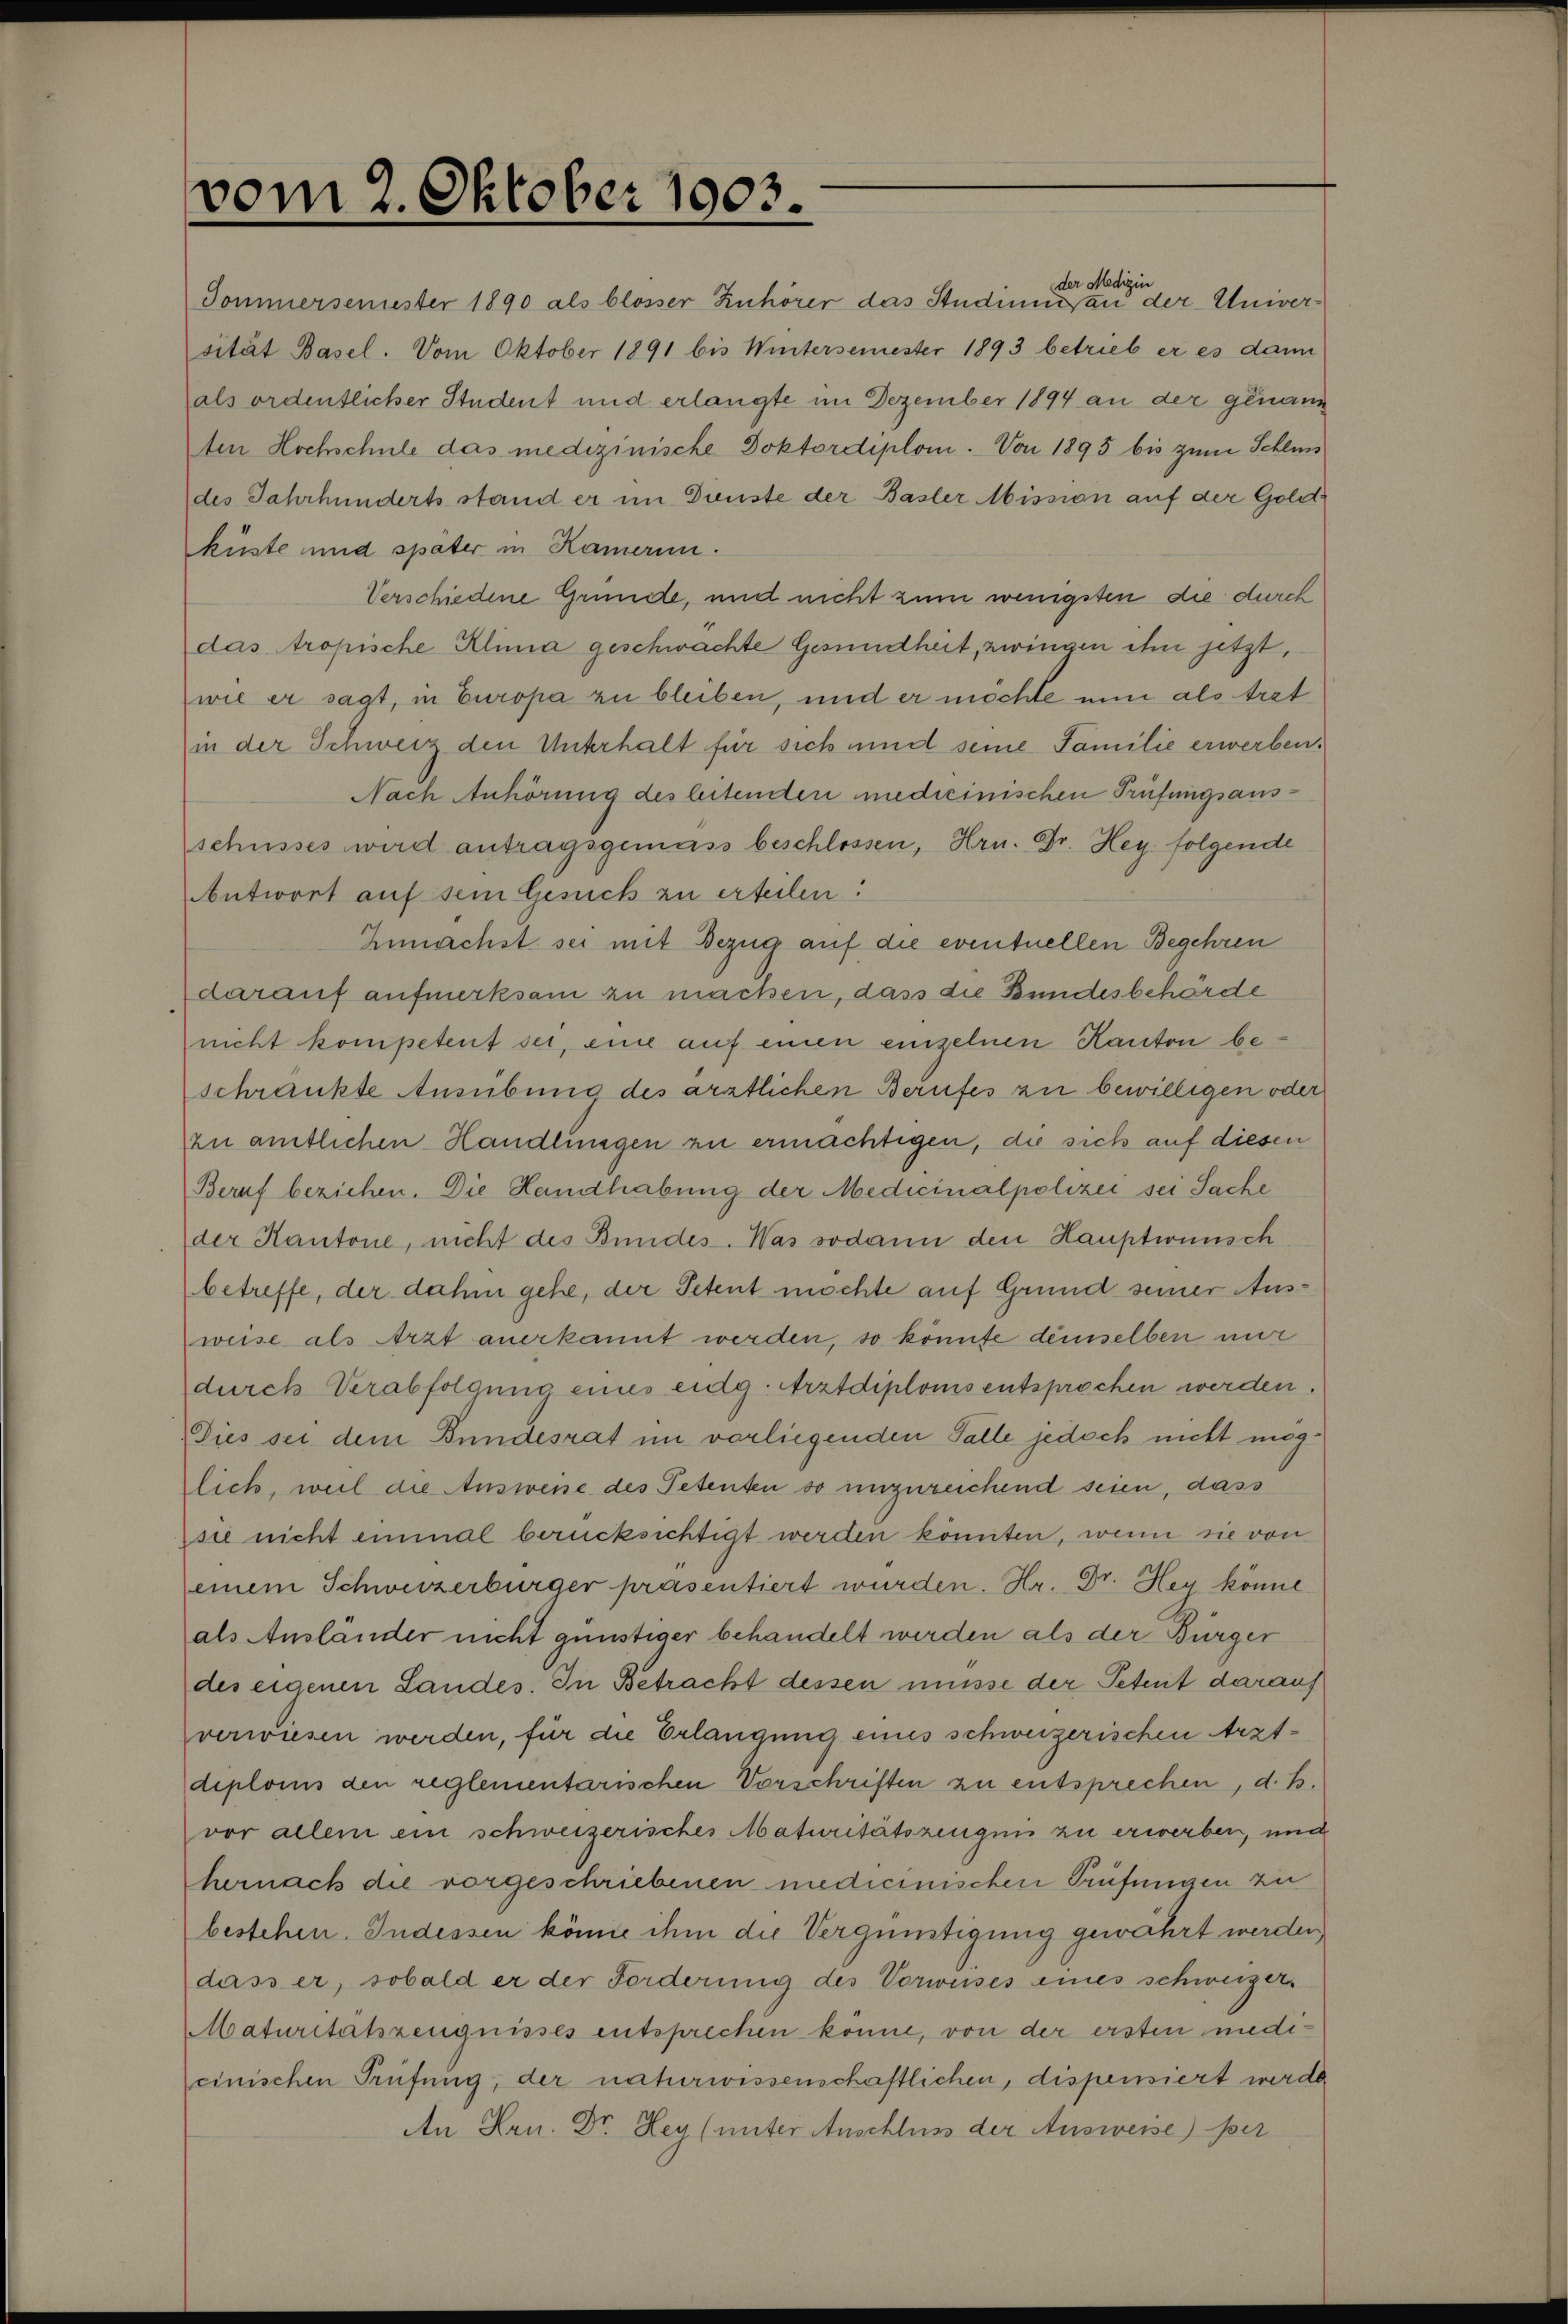
vom 2. Oktober 1903.

der Medizin
Sommersemester 1890 als blosser Zuhörer das Studium an der Univer-
sität Basel. Vom Oktober 1891 bis Wintersemester 1893 betrieb er es dann
als ordentlicher Student und erlangte im Dezember 1894 an der genann
Am Hochschule das medizinische Doktordiplom. Von 1895 bis zum Schluss
des Jahrhunderts stand er im Dienste der Basler Mission auf der Gold
küste und später in Kamerin.
Verschiedene Grunde, und nicht zum wenigsten die durch
das tropische Klima geschwachte Gesundheit, zwingen ihm jetzt,
wie er sagt, in Europa zu bleiben, und er möchte nun als tret
in der Schweiz den Unterhalt für sich und seine Familie erwerben.

Nach Anhörung des bitemten medicinischen Prüfungsausschusses wird antragsgemäss beschlossen, Hrn. Dr. Hey folgende
Antwort auf sein Gesuch zu erteilen:
Zunächst sei mit Bezug auf die eventuellen Begehren
darauf aufmerksam zu machen, dass die Bundesbehörde
nicht kompetent sei, eine auf einen einzelnen Kanton beschränkte Ausübung des ärztlichen Berufes zu bewilligen oder
zu amtlichen Handlungen zu ermächtigen, die sich auf diesen
Beruf beziehen. Die Handhabung der Medicinalpolizei sei Sache
der Kantone, nicht des Bundes Was sodann den Hauptwünsch
betreffe, der dahin gehe, der Petent möchte auf Grund seiner Ausweise als Arzt anerkannt werden, so könnte demselben mir
durch Verabfolgung eines eidg. Arztdiploms entsprochen werden.
Dies sei dem Bundesrat im verliegenden Falle jedoch nicht möglich, weil die Ausweise des Petenten so unzureichend seien, dass
sie nicht einmal berücksichtigt werden könnten, wenn sie von
einem Schweizerbürger präsentiert wurden. Hr. Dr. Hey könne
als Ausländer nicht günstiger behandelt werden als der Bürger
des eigenen Landes. In Betracht dessen müsse der Petent darauf
verwiesen werden, für die Erlangung eines schweizerischen Arztdiploms den reglementarischen Vorschriften zu entsprechen, d. B.
vor allem ein schweizerisches Maturitätszeugnis zu erwerben, und
hernach die vorgeschriebenen medicinischen Prüfungen zu
bestehen. Indessen könne ihm die Vergünstigung gewährt werden
dass er, sobald er der Forderung des Vorweises eines schweizer.
Maturitätszeugnisses entsprechen könne, von der ersten medicinischen Prüfung, der naturwissenschaftlichen, dispensiert werde
An Hrn. Dr. Hey (unter Anschluss der Ausweise) ser